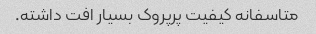
متاسفانه کیفیت پرپروک بسیار افت داشته.